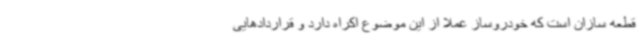
قطعه سازان است که خودروساز عملا از این موضوع اکراه دارد و قراردادهایی